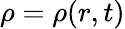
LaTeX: \rho=\rho(r,t)